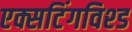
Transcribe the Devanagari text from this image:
एक्सटिंगविश्ड